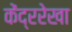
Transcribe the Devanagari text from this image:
केंद्ररेखा